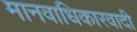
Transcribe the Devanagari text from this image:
मानवाधिकारवादी